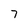
Character: 7